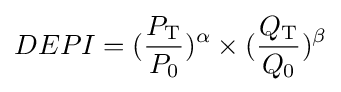
DEPI=({\frac {P_{\mathrm {T} }}{P_{\mathrm {0} }}})^{\alpha }\times ({\frac {Q_{\mathrm {T} }}{Q_{\mathrm {0} }}})^{\beta }